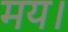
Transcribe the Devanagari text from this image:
मय।